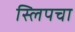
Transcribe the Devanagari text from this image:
स्लिपचा